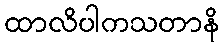
ထာလိပါကသတာနိ